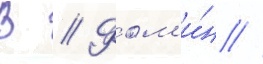
В // Фом'и́н //